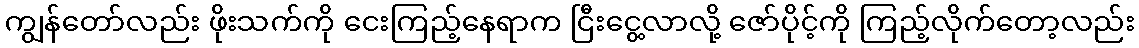
ကျွန်တော်လည်း ဖိုးသက်ကို ငေးကြည့်နေရာက ငြီးငွေ့လာလို့ ဇော်ပိုင့်ကို ကြည့်လိုက်တော့လည်း